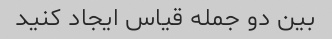
بین دو جمله قیاس ایجاد کنید